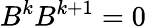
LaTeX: B^{k}B^{k+1}=0